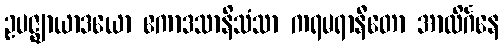
ဥပဇ္ဈာယာဒယော ဧကာဒသာနိသံသာ ကရမရာနီတော အာလိင်္ဂနေ